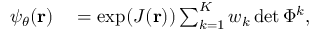
\begin{array} { r l } { \psi _ { \theta } ( { \mathbf { r } } ) } & { { } = \exp ( J ( { \mathbf { r } } ) ) \sum _ { k = 1 } ^ { K } w _ { k } \operatorname* { d e t } \Phi ^ { k } , } \end{array}